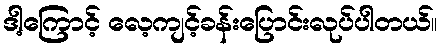
ဒါ့ကြောင့် လေ့ကျင့်ခန်းပြောင်းလုပ်ပါတယ်။